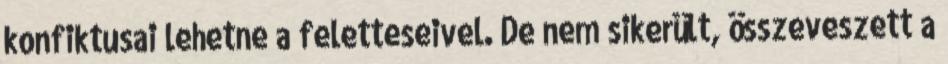
konfiktusai lehetne a feletteseivel. De nem sikerült, összeveszett a